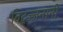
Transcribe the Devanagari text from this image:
विद्वज्जनांनी